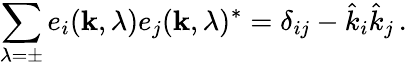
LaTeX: \sum_{\lambda=\pm}e_{i}({\mathbf k},\lambda)e_{j}({\mathbf k},\lambda)^{\ast}=\delta_{ij}-\hat{k}_{i}\hat{k}_{j}\, .